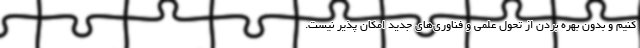
کنیم و بدون بهره بردن از تحول علمی و فناوری‌های جدید امکان پذیر نیست.